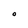
Character: 0